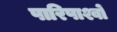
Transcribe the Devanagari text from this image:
पारिपाश्वों